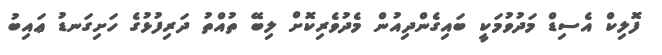
ފޮލިކް އެސިޑް މަދުވުމަކީ ބައިގެންދިއުން މެދުވެރިކޮށް ލިބޭ ތުއްތު ދަރިފުޅުގެ ހަށިގަނޑު ޢައިބު